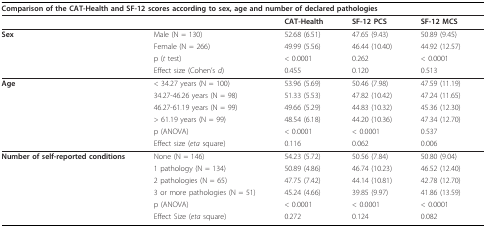
<table><thead><tr><td colspan="5"><b>Comparison of the CAT-Health and SF-12 scores according to sex, age and number of declared pathologies</b></td></tr></thead><tbody><tr><td></td><td></td><td><b>CAT-Health</b></td><td><b>SF-12 PCS</b></td><td><b>SF-12 MCS</b></td></tr><tr><td><b>Sex</b></td><td>Male (N = 130)</td><td>52.68 (6.51)</td><td>47.65 (9.43)</td><td>50.89 (9.45)</td></tr><tr><td></td><td>Female (N = 266)</td><td>49.99 (5.56)</td><td>46.44 (10.40)</td><td>44.92 (12.57)</td></tr><tr><td></td><td>p (<i>t </i>test)</td><td>&lt; 0.0001</td><td>0.262</td><td>&lt; 0.0001</td></tr><tr><td></td><td>Effect size (Cohen&#x27;s <i>d</i>)</td><td>0.455</td><td>0.120</td><td>0.513</td></tr><tr><td><b>Age</b></td><td>&lt; 34.27 years (N = 100)</td><td>53.96 (5.69)</td><td>50.46 (7.98)</td><td>47.59 (11.19)</td></tr><tr><td></td><td>34.27-46.26 years (N = 98)</td><td>51.33 (5.53)</td><td>47.82 (10.42)</td><td>47.24 (11.65)</td></tr><tr><td></td><td>46.27-61.19 years (N = 99)</td><td>49.66 (5.29)</td><td>44.83 (10.32)</td><td>45.36 (12.30)</td></tr><tr><td></td><td>&gt; 61.19 years (N = 99)</td><td>48.54 (6.18)</td><td>44.20 (10.36)</td><td>47.34 (12.70)</td></tr><tr><td></td><td>p (ANOVA)</td><td>&lt; 0.0001</td><td>&lt; 0.0001</td><td>0.537</td></tr><tr><td></td><td>Effect size (<i>eta </i>square)</td><td>0.116</td><td>0.062</td><td>0.006</td></tr><tr><td><b>Number of self-reported conditions</b></td><td>None (N = 146)</td><td>54.23 (5.72)</td><td>50.56 (7.84)</td><td>50.80 (9.04)</td></tr><tr><td></td><td>1 pathology (N = 134)</td><td>50.89 (4.86)</td><td>46.74 (10.23)</td><td>46.52 (12.40)</td></tr><tr><td></td><td>2 pathologies (N = 65)</td><td>47.75 (7.42)</td><td>44.14 (10.81)</td><td>42.78 (12.70)</td></tr><tr><td></td><td>3 or more pathologies (N = 51)</td><td>45.24 (4.66)</td><td>39.85 (9.97)</td><td>41.86 (13.59)</td></tr><tr><td></td><td>p (ANOVA)</td><td>&lt; 0.0001</td><td>&lt; 0.0001</td><td>&lt; 0.0001</td></tr><tr><td></td><td>Effect Size (<i>eta </i>square)</td><td>0.272</td><td>0.124</td><td>0.082</td></tr></tbody></table>